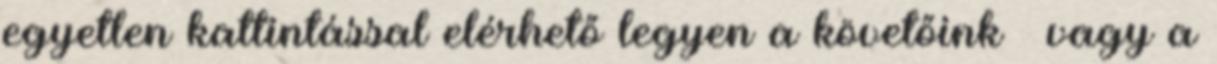
egyetlen kattintással elérhető legyen a követőink — vagy a